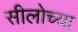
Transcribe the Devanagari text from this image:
सीलोच्या